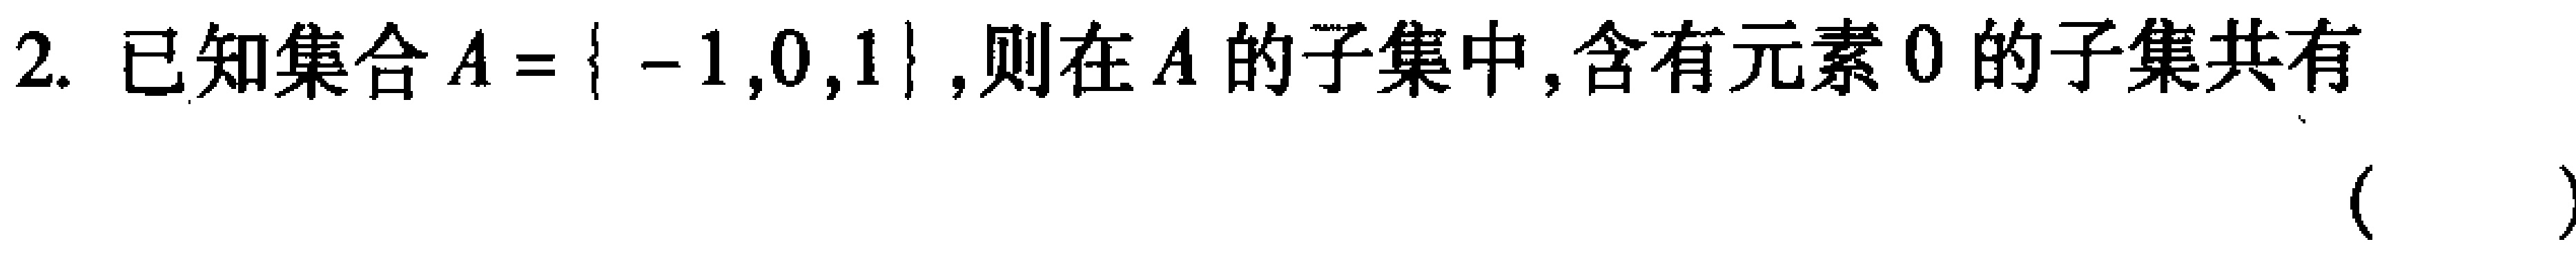
2. 已知集合\(A = \{ - 1,0,1\}\),则在\(A\)的子集中,含有元素\(0\)的子集共有 （  ）